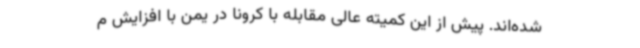
شده‌اند. پیش از این کمیته عالی مقابله با کرونا در یمن با افزایش م